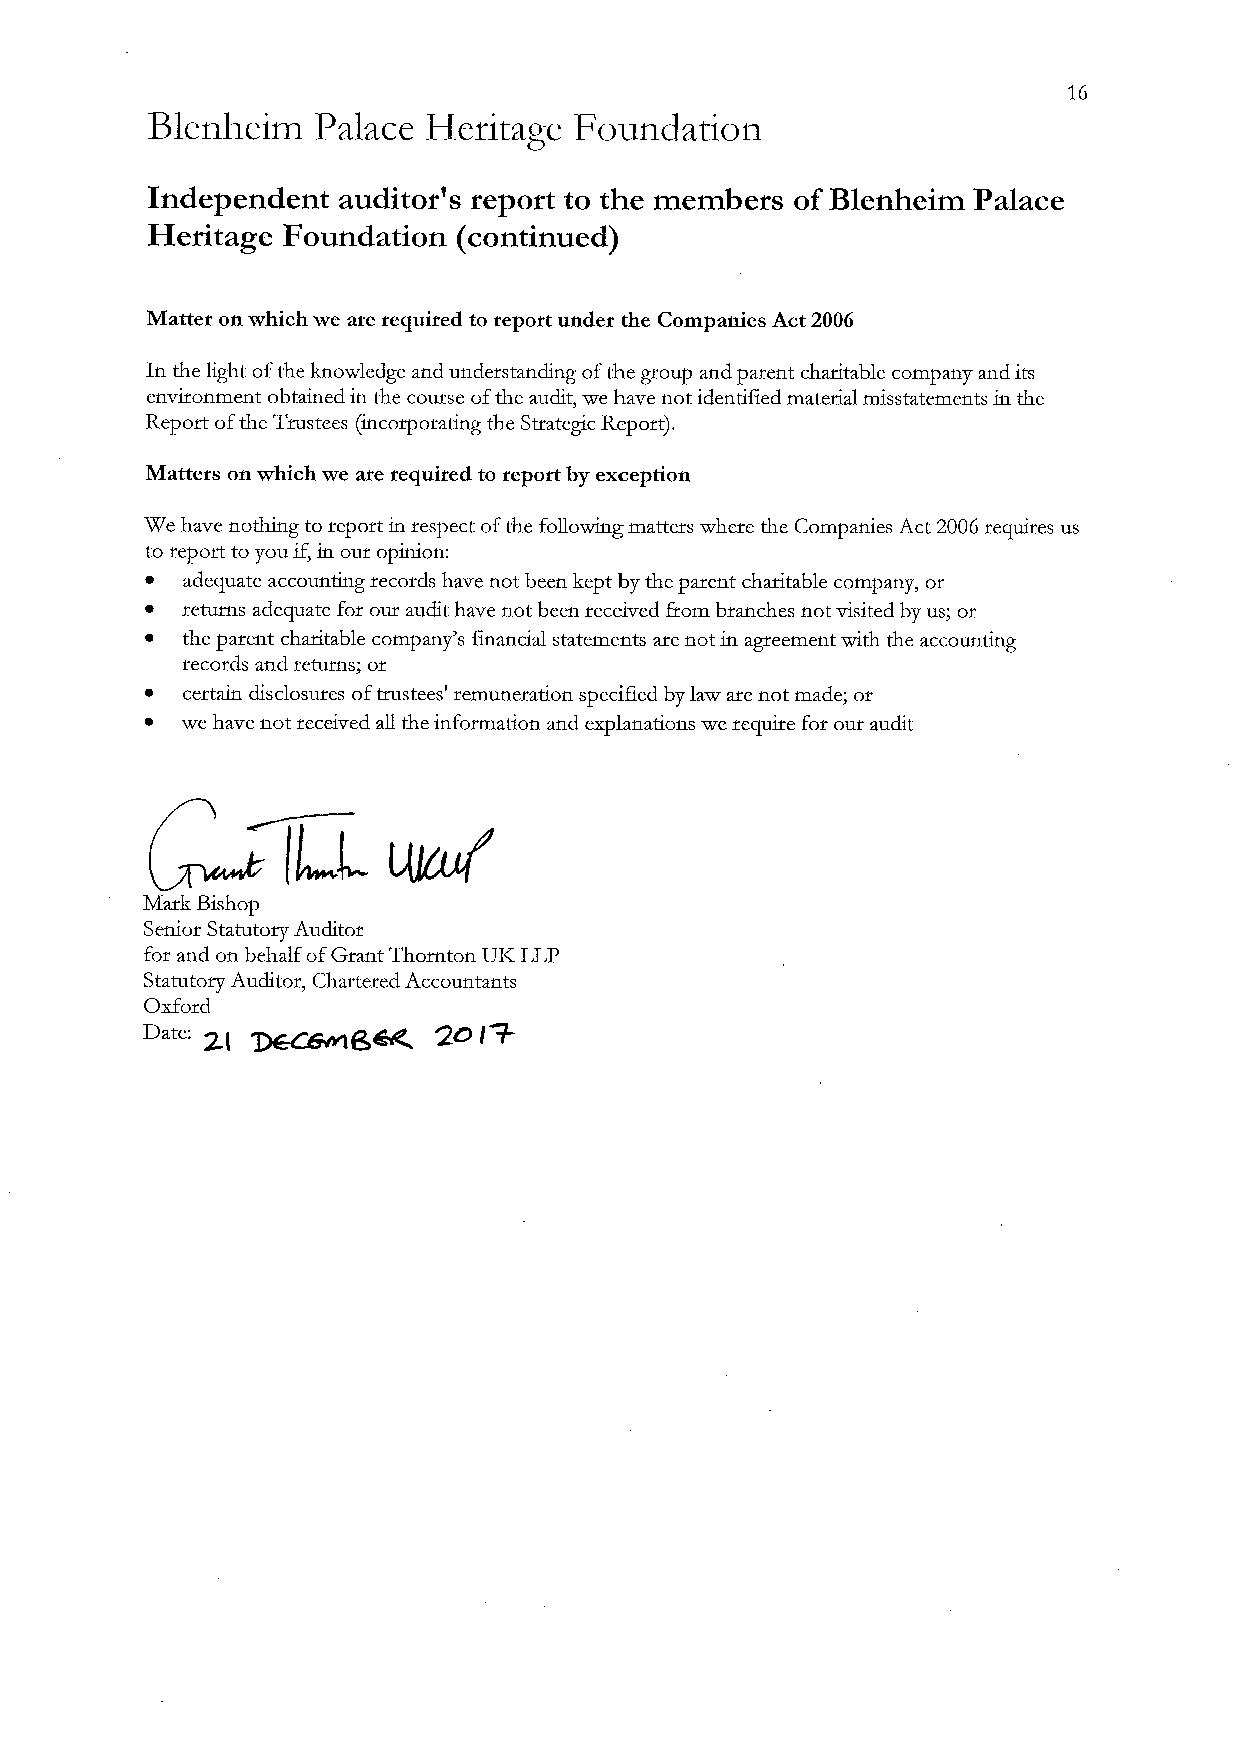
16
 Blenheim   Palace Heritage  Foundation
 Independent auditor's report to the members ofBlenheim Palace
 Heritage Foundation (continued)
 Matter on which we are required to report under the Companies Act 2006
 In the light ofthe knowledge and understanding ofthe group and parent charitable company and its
 environment obtained in the course ofthe audit, we have not identified material misstatements in the
 Report ofthe Tmstees (incorporatIng the Strategic Report),
 Matters on which we are required to report by exception
 We have nothing to report in respect ofthe following matters where the Companies Act 2006requires us
 to report to you if,in our opinion:
 ~ adequate accounting records have not been kept by the patent charitable company, or
 ~ returns adequate for our audit have not been received from branches not visited by us; or
 ~ the parent charitable company's financial statements are not in agreement with the accounting
 records and returns; or
 ~ certain disclosures oftrustees' remuneration specified by law are not made; or
 ~ we have not received all the information and explanations we require for our audit
 Maik Bishop
 Senior Statutory Auditor
 for and on behalf ofGrant Thornton UIZ LLP
 Statutory Auditor, Chartered Accountants
 ~
 Oxford
 Date: 2 I6~~8       g~
 (
 l